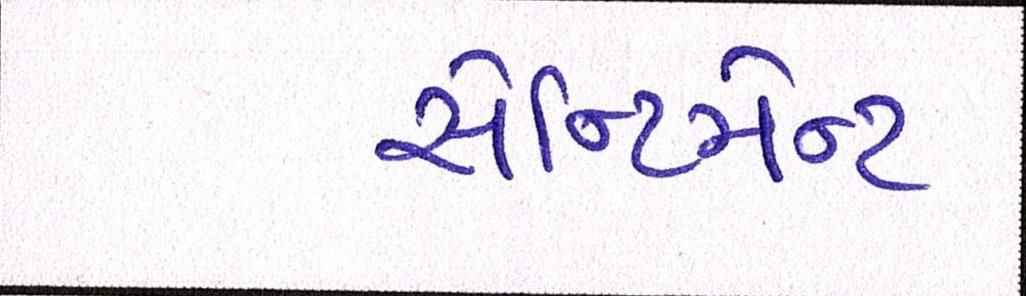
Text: સેન્ટિમેન્ટ